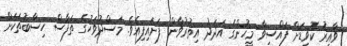
ވާއިރު ކޮވިޑަށް ފައްސިވާ މީހުންގެ އަދަދު އިތުރުވާން ފަށައިފިއެވެ. މަސްދުވަހުގެ ތަފާސް ހިސާބުތަކަށް